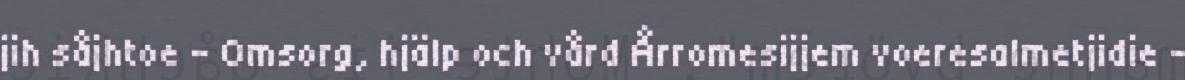
jih såjhtoe - Omsorg, hjälp och vård Årromesijjem voeresalmetjidie -